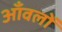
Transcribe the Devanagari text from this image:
आँवलों